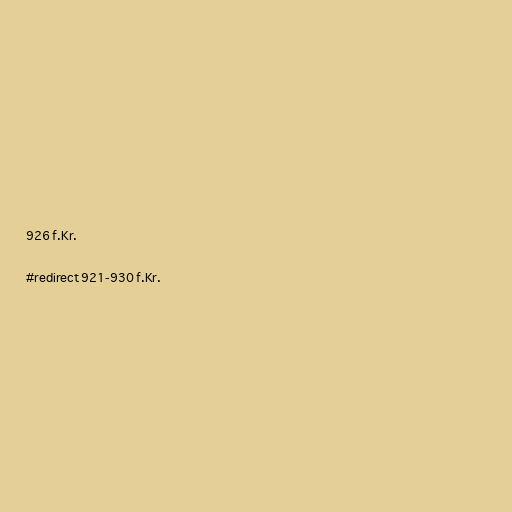
926 f.Kr.

#redirect 921-930 f.Kr.